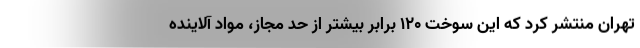
تهران منتشر کرد که این سوخت ۱۲۰ برابر بیشتر از حد مجاز، مواد آلاینده